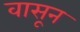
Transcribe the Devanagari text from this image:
वासून